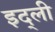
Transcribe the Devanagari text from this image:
इद्ली